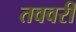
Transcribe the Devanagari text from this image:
तववरी